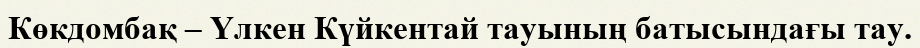
Көкдомбақ – Үлкен Күйкентай тауының батысындағы тау.